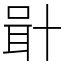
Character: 𠦫